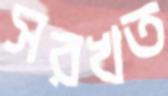
সরখত